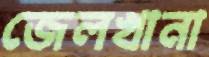
জেলখানা